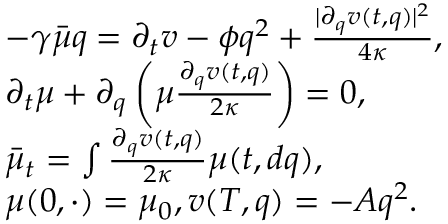
\begin{array} { r l } & { \quad - \gamma \bar { \mu } q = \partial _ { t } v - \phi q ^ { 2 } + \frac { | \partial _ { q } v ( t , q ) | ^ { 2 } } { 4 \kappa } , } \\ & { \quad \partial _ { t } \mu + \partial _ { q } \left( \mu \frac { \partial _ { q } v ( t , q ) } { 2 \kappa } \right) = 0 , } \\ & { \quad \bar { \mu } _ { t } = \int \frac { \partial _ { q } v ( t , q ) } { 2 \kappa } \mu ( t , d q ) , } \\ & { \quad \mu ( 0 , \cdot ) = \mu _ { 0 } , v ( T , q ) = - A q ^ { 2 } . } \end{array}